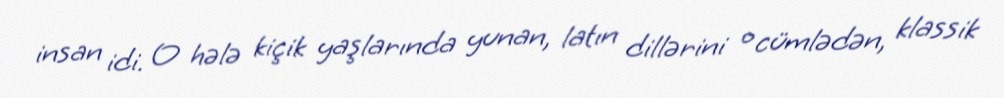
insan idi. O hələ kiçik yaşlarında yunan, latın dillərini o cümlədən, klassik